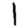
Digit: 1